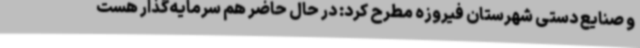
و صنایع دستی شهرستان فیروزه مطرح کرد: در حال حاضر هم سرمایه‌گذار هست